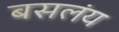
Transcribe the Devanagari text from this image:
बसलंय